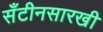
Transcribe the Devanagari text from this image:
सँटीनसारखी